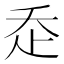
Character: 𧺆